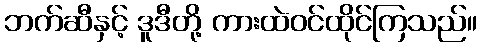
ဘက်ဆီနှင့် ဒူဒီတို့ ကားထဲဝင်ထိုင်ကြသည်။